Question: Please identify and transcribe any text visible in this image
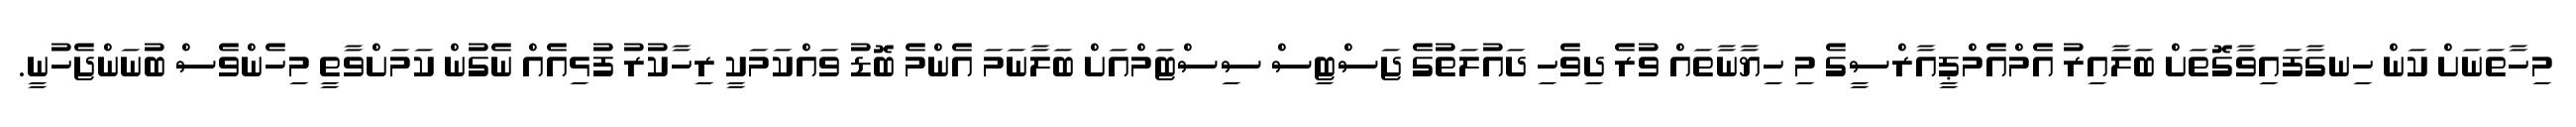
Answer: މިހާތަނަށް ކަން ހިނގާފައިވާގޮތަށް ބަލާއިރު އެމްއެމްޕީއާރްސީގެ މި ހިޔާނާތައް ވުރެ ދިވެހި ދައުލަތުގެ ޖަސްޓިސް ސިސްޓަމްއަށް ބަލާނަމަ އެންމެ ބޮޑު ވައްކަމަކީ ރިހާކުރު ފުޅިއެއް ނެގުން ކަމަށްވާތީ މިހެންވެސް ބުނަންޖެހުނީ.